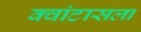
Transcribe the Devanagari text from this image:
क्वांटासला